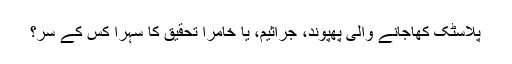
پلاسٹک کھاجانے والی پھپوند، جراثیم، یا خامرا تحقیق کا سہرا کس کے سر؟